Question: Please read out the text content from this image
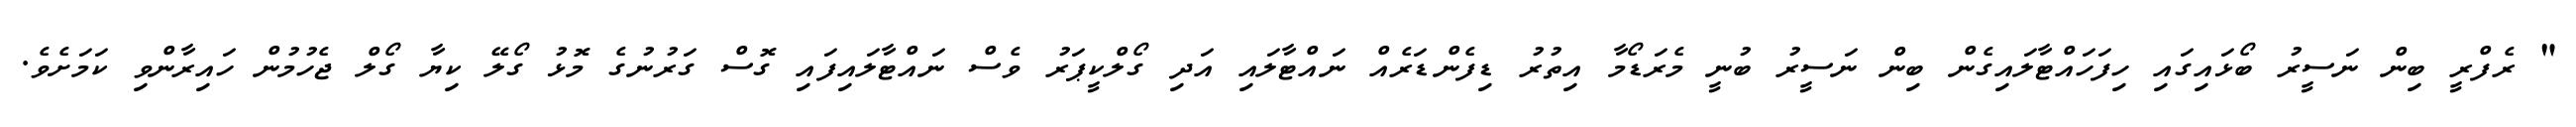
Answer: " ރެފްރީ ބިން ނަސީރު ބޯޅައިގައި ހިފަހައްޓާލައިގެން ބިން ނަސީރު ބުނީ މެރަޑޯމާ އިތުރު ޑިފެންޑަރެއް ނައްޓާލައި އަދި ގޯލްކީޕަރު ވެސް ނައްޓާލައިފައި ގޮސް ގަރުނުގެ މޮޅު ގޯލޭ ކިޔާ ގޯލް ޖެހުމުން ހައިރާންވި ކަމަށެވެ.